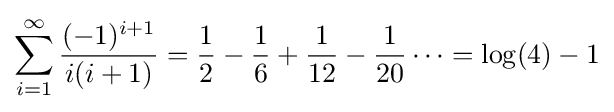
\sum _{i=1}^{\infty }{\frac {(-1)^{i+1}}{i(i+1)}}={\frac {1}{2}}-{\frac {1}{6}}+{\frac {1}{12}}-{\frac {1}{20}}\cdots =\log(4)-1